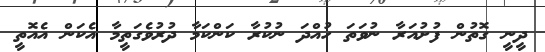
ދީނީ ގޮތުން ފުށުއަރާ ނުވަތަ ހުއްދަ ނުކުރާ ކަންކަމާ ދުރުވެގަތީމާ އެކަން އެއޮތީ